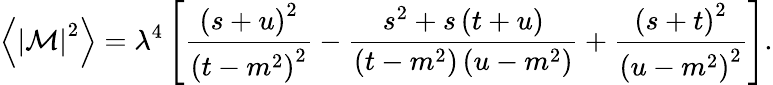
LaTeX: \left\langle\left\vert\mathcal{M}\right\vert^{2}\right\rangle=\lambda^{4}\left[\frac{\left(s+u\right)^{2}}{\left(t-m^{2}\right)^{2}}-\frac{s^{2}+s\left(t+u\right)}{\left(t-m^{2}\right)\left(u-m^{2}\right)}+\frac{\left(s+t\right)^{2}}{\left(u-m^{2}\right)^{2}}\right].